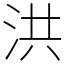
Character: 洪